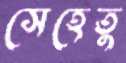
সেহেতু